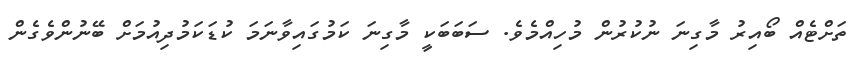
ތަށްޓެއް ބޯއިރު މާގިނަ ނުކުރުން މުހިއްމެވެ. ސަބަބަކީ މާގިނަ ކަމުގައިވާނަމަ ކުޑަކަމުދިއުމަށް ބޭނުންވެގެން